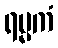
ရမ္မကံ